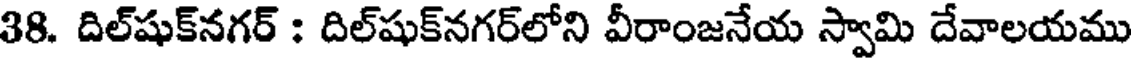
38. దిల్షుక్నగర్ : దిల్షుక్నగర్లోని వీరాంజనేయ స్వామి దేవాలయము